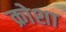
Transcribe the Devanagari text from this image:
क्रोशा